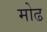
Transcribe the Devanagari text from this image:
मोढ